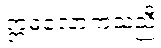
ဣဓလောကသညီ